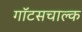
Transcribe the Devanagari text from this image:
गॉटसचाल्क